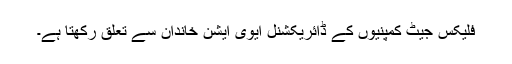
فلیکس جیٹ کمپنیوں کے ڈائریکشنل ایوی ایشن خاندان سے تعلق رکھتا ہے۔